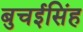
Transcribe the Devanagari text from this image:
बुचईसिंह